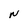
Character: N